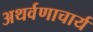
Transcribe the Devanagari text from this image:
अथर्वणाचार्य